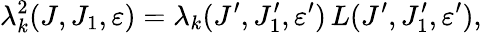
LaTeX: \lambda_{k}^{2}(J,J_{1},\varepsilon)=\lambda_{k}(J^{\prime},J_{1}^{\prime},\varepsilon^{\prime})\, L(J^{\prime},J_{1}^{\prime},\varepsilon^{\prime}),